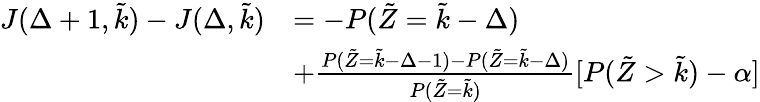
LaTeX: \begin{array}{rl}{J(\Delta+1,\tilde{k})-J(\Delta,\tilde{k})}&{=-P(\tilde{Z}=\tilde{k}-\Delta)}\\ &{+\frac{P(\tilde{Z}=\tilde{k}-\Delta-1)-P(\tilde{Z}=\tilde{k}-\Delta)}{P(\tilde{Z}=\tilde{k})}[P(\tilde{Z}>\tilde{k})-\alpha]}\end{array}